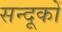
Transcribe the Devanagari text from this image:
सन्दूकों